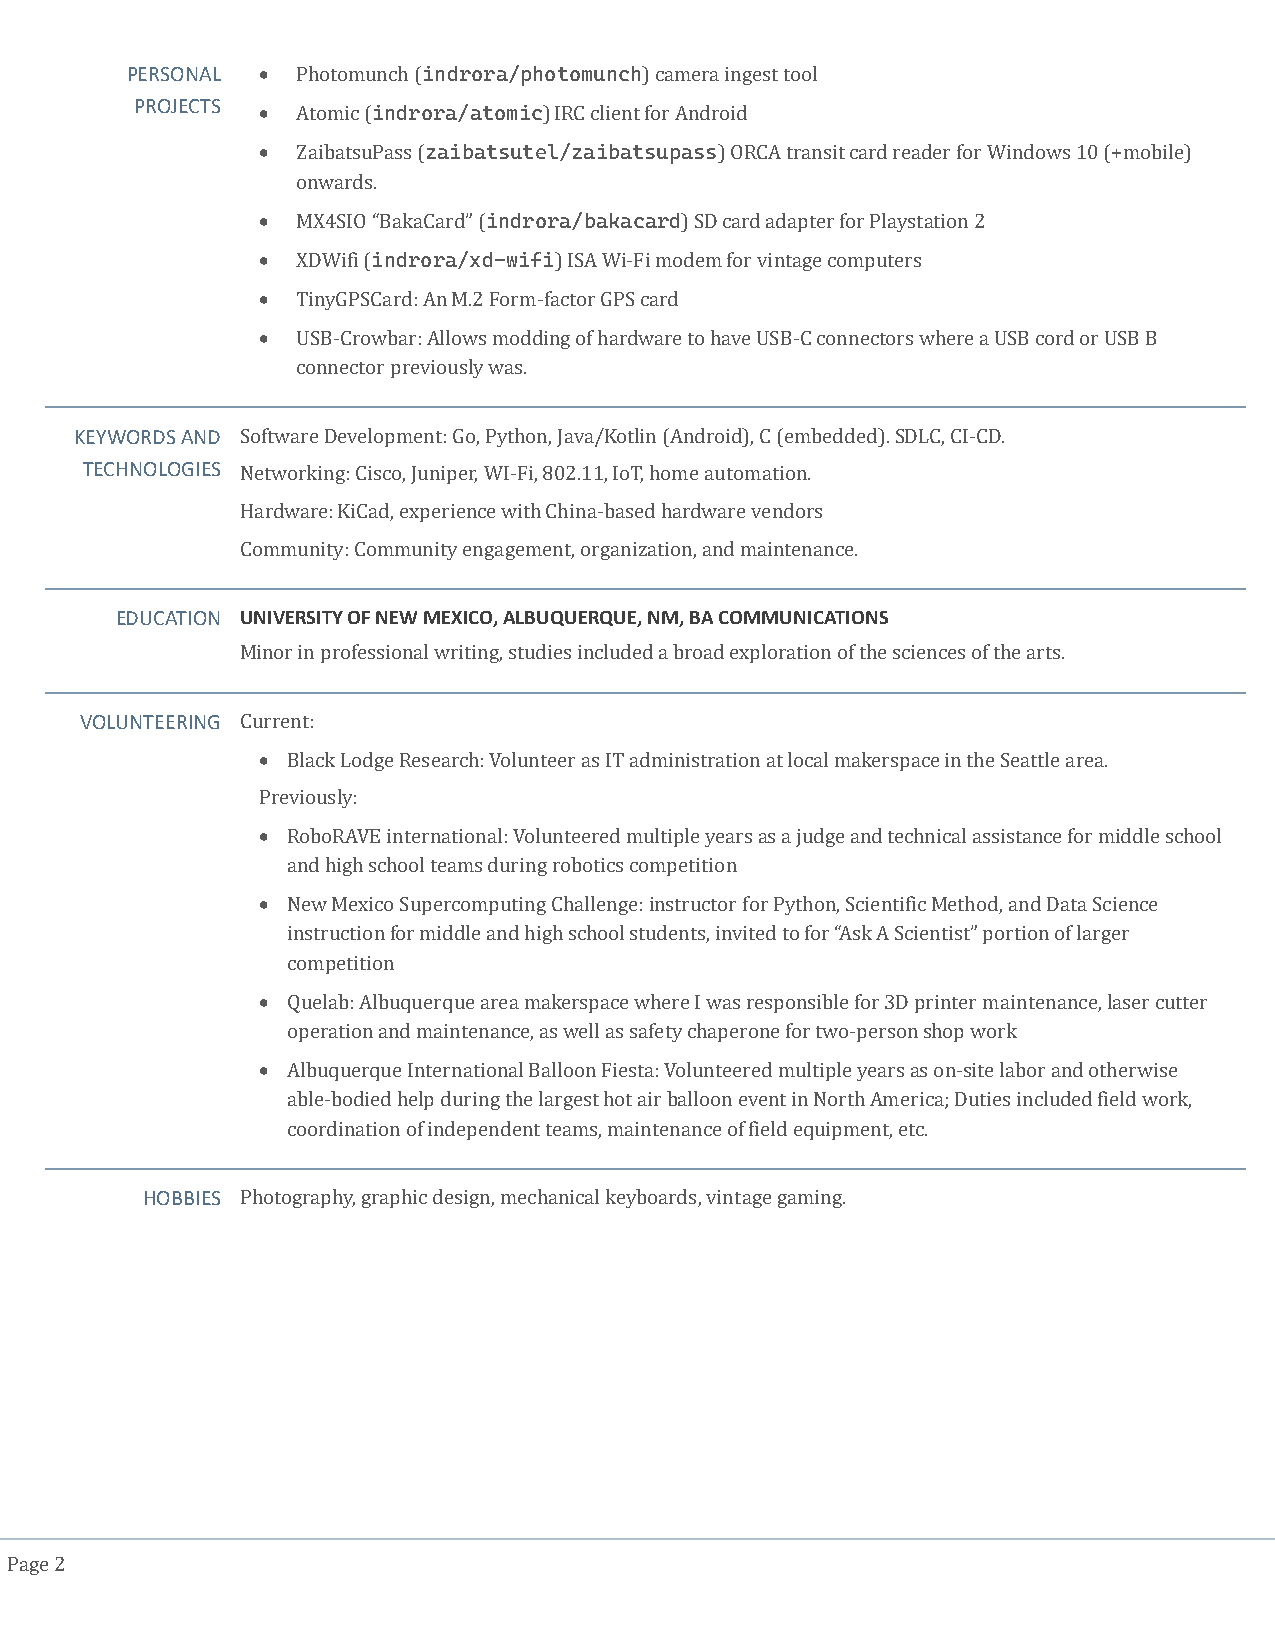
PERSONAL •  Photomunch (indrora/photomunch) camera ingest tool
 PROJECTS
 •  Atomic (indrora/atomic) IRC client for Android
 •  ZaibatsuPass (zaibatsutel/zaibatsupass) ORCA transit card reader for Windows 10 (+mobile)
 onwards.
 •  MX4SIO “BakaCard” (indrora/bakacard) SD card adapter for Playstation 2
 •  XDWifi (indrora/xd-wifi) ISA Wi-Fi modem for vintage computers
 •  TinyGPSCard: An M.2 Form-factor GPS card
 •  USB-Crowbar: Allows modding of hardware to have USB-C connectors where a USB cord or USB B
 connector previously was.
 KEYWORDS AND Software Development: Go, Python, Java/Kotlin (Android), C (embedded). SDLC, CI-CD.
 TECHNOLOGIES Networking: Cisco, Juniper, WI-Fi, 802.11, IoT, home automation.
 Hardware: KiCad, experience with China-based hardware vendors
 Community: Community engagement, organization, and maintenance.
 EDUCATION UNIVERSITY OF NEW MEXICO, ALBUQUERQUE, NM, BA COMMUNICATIONS
 Minor in professional writing, studies included a broad exploration of the sciences of the arts.
 VOLUNTEERING Current:
 • Black Lodge Research: Volunteer as IT administration at local makerspace in the Seattle area.
 Previously:
 • RoboRAVE international: Volunteered multiple years as a judge and technical assistance for middle school
 and high school teams during robotics competition
 • New Mexico Supercomputing Challenge: instructor for Python, Scientific Method, and Data Science
 instruction for middle and high school students, invited to for “Ask A Scientist” portion of larger
 competition
 • Quelab: Albuquerque area makerspace where I was responsible for 3D printer maintenance, laser cutter
 operation and maintenance, as well as safety chaperone for two-person shop work
 • Albuquerque International Balloon Fiesta: Volunteered multiple years as on-site labor and otherwise
 able-bodied help during the largest hot air balloon event in North America; Duties included field work,
 coordination of independent teams, maintenance of field equipment, etc.
 HOBBIES Photography, graphic design, mechanical keyboards, vintage gaming.
 Page 2